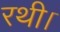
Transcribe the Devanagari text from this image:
रथी।